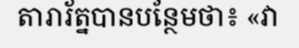
តារារ័ត្នបានបន្ថែមថា៖ «វា